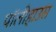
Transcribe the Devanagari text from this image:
पॉलीहाउस